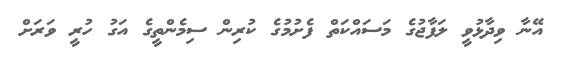
އޭނާ ވިދާޅުވީ ލަފާޖުގެ މަސައްކަތް ފެށުމުގެ ކުރިން ސިމެންތީގެ އަގު ހުރީ ވަރަށް